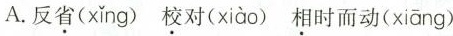
A.反省( xǐng )校对( xiào )相时而动( xiāng )